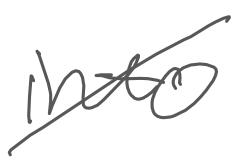
Text: into
Cross-out: diagonal
Writing tool: digital_gray